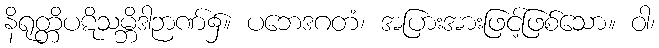
နိရုတ္တိပဋိသမ္ဘိဒါဉာဏ်၌။ ပဘေဒဂတံ၊ အပြားအားဖြင့်ဖြစ်သော။ ဝါ၊